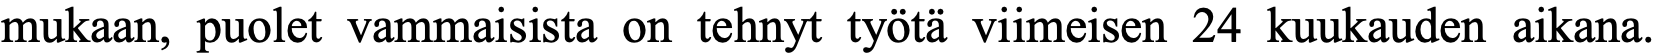
mukaan, puolet vammaisista on tehnyt työtä viimeisen 24 kuukauden aikana.